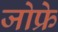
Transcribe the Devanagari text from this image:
जोफ्रे